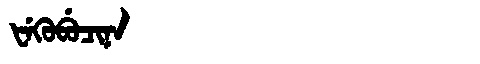
Manchu: ᡶᡝᡴᡠᠪᡠᠴᡳᠨᠠ
Romanization: FEKUBUCINA